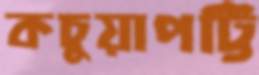
কচুয়াপট্টি